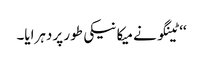
‘‘ ٹینگو نے میکانیکی طور پر دہرایا۔